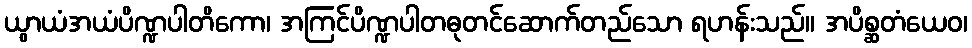
ယွာယံအယံပိဏ္ဍပါတိကော၊ အကြင်ပိဏ္ဍပါတဓုတင်ဆောက်တည်သော ရဟန်းသည်။ အပိစ္ဆတံယေဝ၊